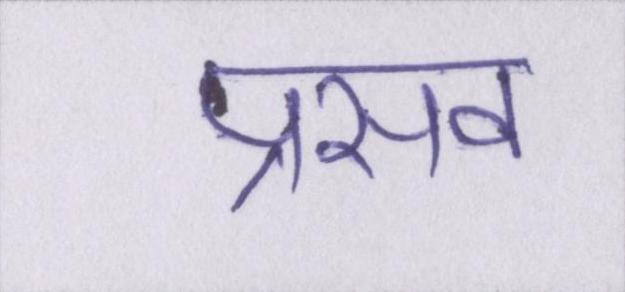
प्रसव